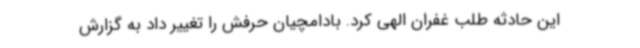
این حادثه طلب غفران الهی کرد. بادامچیان حرفش را تغییر داد به گزارش